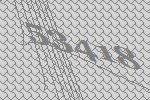
53418